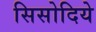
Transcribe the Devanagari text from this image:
सिसोदिये